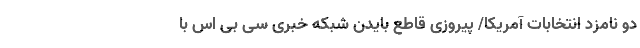
دو نامزد انتخابات آمریکا/ پیروزی قاطع بایدن شبکه خبری سی بی اس با